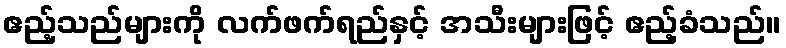
ဧည့်သည်များကို လက်ဖက်ရည်နှင့် အသီးများဖြင့် ဧည့်ခံသည်။